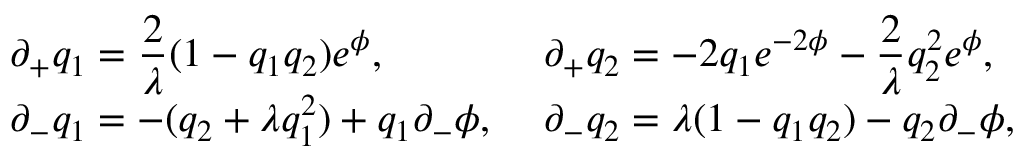
\left. \begin{array} { l l } { { \partial _ { + } q _ { 1 } = { \displaystyle \frac { 2 } { \lambda } } ( 1 - q _ { 1 } q _ { 2 } ) e ^ { \phi } , \, \, } } & { { \partial _ { + } q _ { 2 } = - 2 q _ { 1 } e ^ { - 2 \phi } - { \displaystyle \frac { 2 } { \lambda } } q _ { 2 } ^ { 2 } e ^ { \phi } , } } \\ { { \partial _ { - } q _ { 1 } = - ( q _ { 2 } + \lambda q _ { 1 } ^ { 2 } ) + q _ { 1 } \partial _ { - } \phi , \, \, } } & { { \partial _ { - } q _ { 2 } = \lambda ( 1 - q _ { 1 } q _ { 2 } ) - q _ { 2 } \partial _ { - } \phi , } } \end{array} \right.